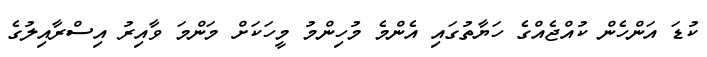
ކުޑަ އަންހެން ކުއްޖެއްގެ ހަޔާތުގައި އެންމެ މުހިންމު މީހަކަށް މަންމަ ވާއިރު އިސްރާއިލުގެ